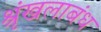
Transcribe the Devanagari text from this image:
श्रृंखलाबंध